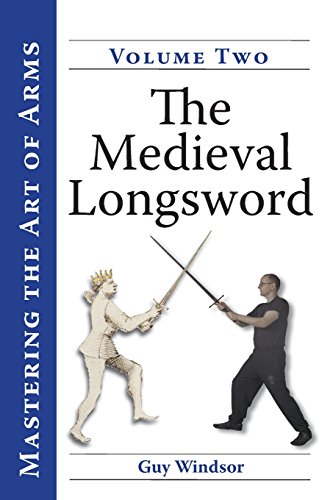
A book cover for Mastering the Art of Arms, Vol. 2: The Medieval Longsword; Guy Windsor; History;